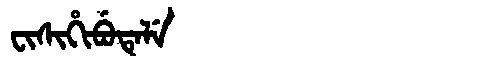
Manchu: ᠸᡳᠰᡳᡥᡳᠪᡠᡨᡝᠯᡝ
Romanization: FISIHIBUTELE